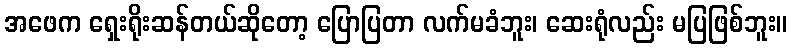
အဖေက ရှေးရိုးဆန်တယ်ဆိုတော့ ပြောပြတာ လက်မခံဘူး၊ ဆေးရုံလည်း မပြဖြစ်ဘူး။